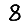
Digit: 8